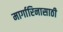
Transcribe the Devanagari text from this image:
मार्गारिनासाठी